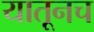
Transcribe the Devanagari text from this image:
यातूनच